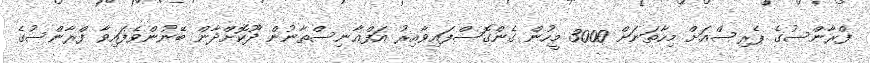
ފްރާންސުގެ ޕެރިސްއަށް މިހާތަނަށް 3000 މީހުން ގެންގޮސްފައިވާއިރު އަފްޣާނިސްތާނުން ދޫކޮށްދާން ބޭނުންވެފައިވާ ފްރާންސުގެ